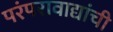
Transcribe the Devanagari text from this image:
परंपरावाद्यांची